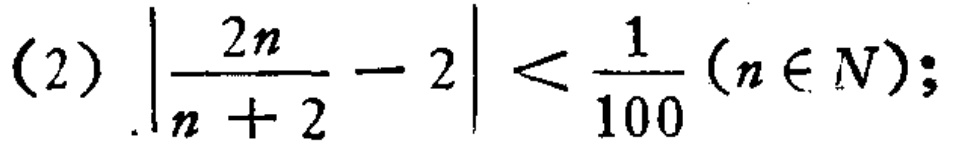
(2) $\left|\frac{2n}{n + 2}-2\right|<\frac{1}{100}(n\in N);$